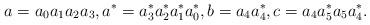
LaTeX: \begin{align*}a=a_0a_1a_2a_3, a^*=a_3^*a_2^*a_1^*a_0^*, b=a_4a_4^*, c=a_4a_5^*a_5a_4^*.\end{align*}